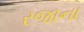
રજાના